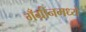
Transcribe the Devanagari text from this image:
गँग्रीनमध्ये